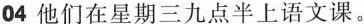
04 他们在星期三九点半上语文课。